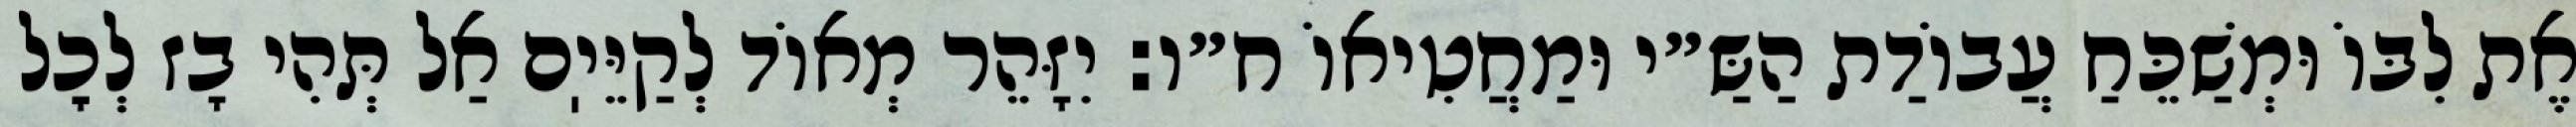
אֶת לִבּוֹ וּמְשַׁכֵּחַ עֲבוֹדַת הַשַּ״י וּמַחֲטִיאוֹ ח״ו: יִזָּהֵר מְאוֹד לְקַיֵּיֽם אַל תְּהִי בָז לְכׇל